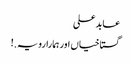
عابدعلی
گستاخیاں اور ہمارا رویہ.!